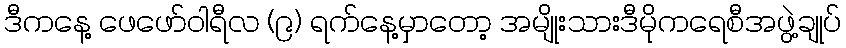
ဒီကနေ့ ဖေဖော်ဝါရီလ (၉) ရက်နေ့မှာတော့ အမျိုးသားဒီမိုကရေစီအဖွဲ့ချုပ်